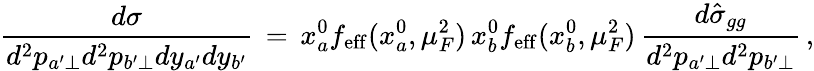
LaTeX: {\frac{d\sigma}{d^{2}p_{a^{\prime}\perp}d^{2}p_{b^{\prime}\perp}dy_{a^{\prime}}dy_{b^{\prime}}}}\, =\, x_{a}^{0}f_{\mathrm{eff}}(x_{a}^{0},\mu_{F}^{2})\, x_{b}^{0}f_{\mathrm{eff}}(x_{b}^{0},\mu_{F}^{2})\, {\frac{d\hat{\sigma}_{gg}}{d^{2}p_{a^{\prime}\perp}d^{2}p_{b^{\prime}\perp}}}\, ,